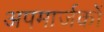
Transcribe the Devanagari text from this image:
अपमार्जकों